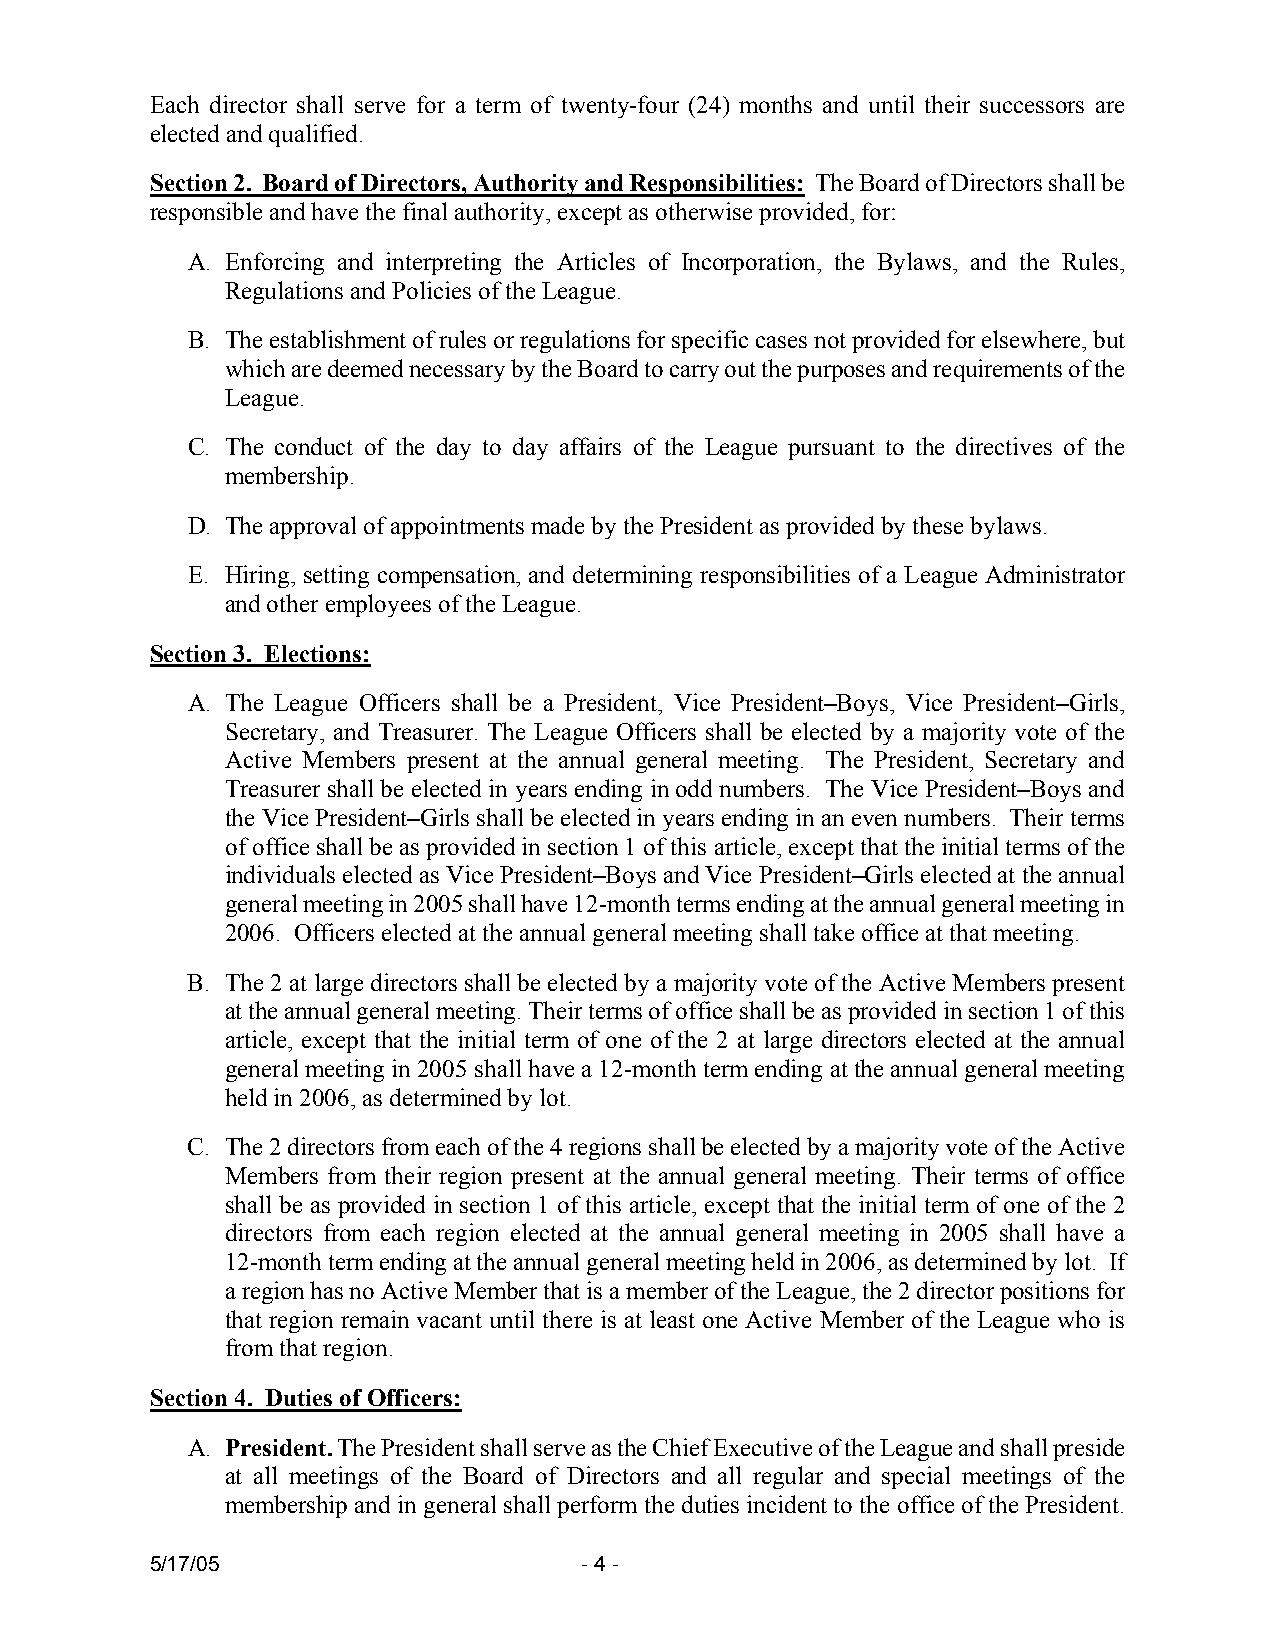
Each director shall serve for a term of twenty-four (24) months and until their successors are
 elected and qualified.
 Section 2. Board of Directors, Authority and Responsibilities: The Board of Directors shall be
 responsible and have the final authority, except as otherwise provided, for:
 A. Enforcing and interpreting the Articles of Incorporation, the Bylaws, and the Rules,
 Regulations and Policies of the League.
 B. The establishment of rules or regulations for specific cases not provided for elsewhere, but
 which are deemed necessary by the Board to carry out the purposes and requirements of the
 League.
 C. The conduct of the day to day affairs of the League pursuant to the directives of the
 membership.
 D. The approval of appointments made by the President as provided by these bylaws.
 E. Hiring, setting compensation, and determining responsibilities of a League Administrator
 and other employees of the League.
 Section 3. Elections:
 A. The League Officers shall be a President, Vice President–Boys, Vice President–Girls,
 Secretary, and Treasurer. The League Officers shall be elected by a majority vote of the
 Active Members present at the annual general meeting. The President, Secretary and
 Treasurer shall be elected in years ending in odd numbers. The Vice President–Boys and
 the Vice President–Girls shall be elected in years ending in an even numbers. Their terms
 of office shall be as provided in section 1 of this article, except that the initial terms of the
 individuals elected as Vice President–Boys and Vice President–Girls elected at the annual
 general meeting in 2005 shall have 12-month terms ending at the annual general meeting in
 2006. Officers elected at the annual general meeting shall take office at that meeting.
 B. The 2 at large directors shall be elected by a majority vote of the Active Members present
 at the annual general meeting. Their terms of office shall be as provided in section 1 of this
 article, except that the initial term of one of the 2 at large directors elected at the annual
 general meeting in 2005 shall have a 12-month term ending at the annual general meeting
 held in 2006, as determined by lot.
 C. The 2 directors from each of the 4 regions shall be elected by a majority vote of the Active
 Members from their region present at the annual general meeting. Their terms of office
 shall be as provided in section 1 of this article, except that the initial term of one of the 2
 directors from each region elected at the annual general meeting in 2005 shall have a
 12-month term ending at the annual general meeting held in 2006, as determined by lot. If
 a region has no Active Member that is a member of the League, the 2 director positions for
 that region remain vacant until there is at least one Active Member of the League who is
 from that region.
 Section 4. Duties of Officers:
 A. President. The President shall serve as the Chief Executive of the League and shall preside
 at all meetings of the Board of Directors and all regular and special meetings of the
 membership and in general shall perform the duties incident to the office of the President.
 5/17/05                      - 4 -